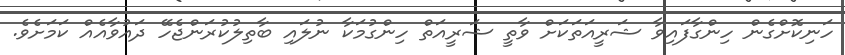
ހަނިކޮށްގެން ހިންގާފައިވާ ޝަރީއަތަކަށް ވާތީ ޝަރީއަތް ހިންގުމަކާ ނުލައި ބާތިލުކުރަންޖެހޭ ދައުވާއެއް ކަމަށެވެ.